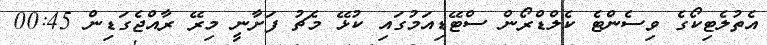
އެތުލެޓިކޯގެ ވިސެންޓެ ކެލްޑްރޯން ސްޓޭޑިއަމުގައި ކުޅޭ މެޗު ފަށާނީ މިރޭ ރާއްޖެގަޑިން 00:45